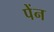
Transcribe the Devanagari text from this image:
पेंन